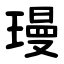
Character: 㻴